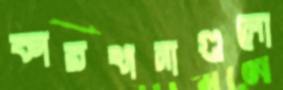
কারখানাগুলো